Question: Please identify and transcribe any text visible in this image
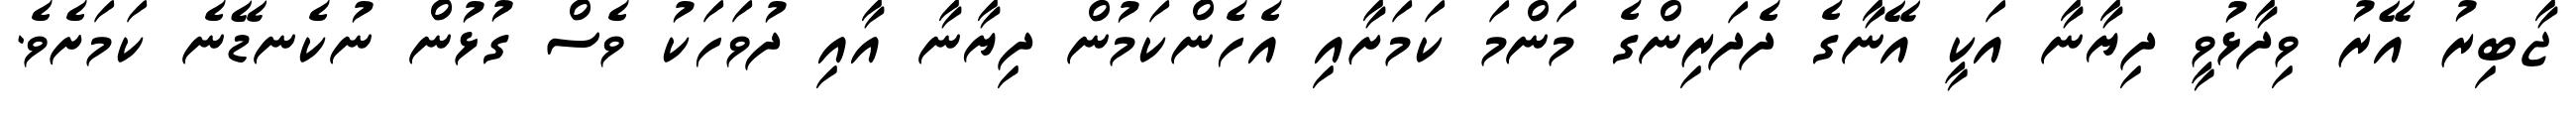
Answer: ޖާބިރު އޭރު ވިދާޅުވީ ދިޔާނާ އަކީ އޭނާގެ ދެދަރިންގެ މަންމަ ކަމަށާއި އެހެންކަމުން ދިޔާނާ އާއި ދުވަހަކު ވެސް ގުޅުން ނުކެނޑޭނެ ކަމަށެވެ.